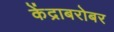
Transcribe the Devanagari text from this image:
केंद्राबरोबर